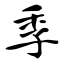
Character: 季